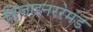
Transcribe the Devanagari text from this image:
डिजाइनररेमंड